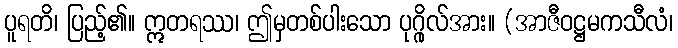
ပူရတိ၊ ပြည့်၏။ ဣတရဿ၊ ဤမှတစ်ပါးသော ပုဂ္ဂိုလ်အား။ (အာဇီဝဋ္ဌမကသီလံ၊